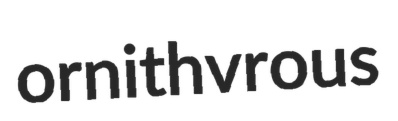
ornithvrous